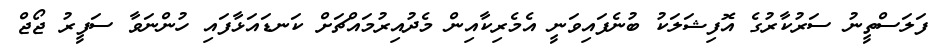
ފަލަސްތީނު ސަރުކާރުގެ އޮފިޝަލަކު ބުނެފައިވަނީ އެމެރިކާއިން މެދުއިރުމައްޗަށް ކަނޑައަޅާފައި ހުންނަވާ ސަފީރު ޖޯޖް